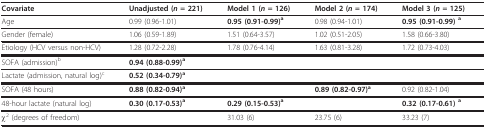
| Covariate | Unadjusted (n = 221) | Model 1 (n = 126) | Model 2 (n = 174) | Model 3 (n = 125) |
 | --- | --- | --- | --- | --- |
 | Age | 0.99 (0.96-1.01) | 0.95 (0.91-0.99)a | 0.98 (0.94-1.01) | 0.95 (0.91-0.99) a |
 | Gender (female) | 1.06 (0.59-1.89) | 1.51 (0.64-3.57) | 1.02 (0.51-2.05) | 1.58 (0.66-3.80) |
 | Etiology (HCV versus non-HCV) | 1.28 (0.72-2.28) | 1.78 (0.76-4.14) | 1.63 (0.81-3.28) | 1.72 (0.73-4.03) |
 | SOFA (admission)b | 0.94 (0.88-0.99)a |  |  |  |
 | Lactate (admission, natural log)c | 0.52 (0.34-0.79)a |  |  |  |
 | SOFA (48 hours) | 0.88 (0.82-0.94)a |  | 0.89 (0.82-0.97)a | 0.92 (0.82-1.04) |
 | 48-hour lactate (natural log) | 0.30 (0.17-0.53)a | 0.29 (0.15-0.53)a |  | 0.32 (0.17-0.61) a |
 | χ2 (degrees of freedom) |  | 31.03 (6) | 23.75 (6) | 33.23 (7) |